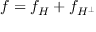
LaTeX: f = f _ { H } + f _ { H ^ { \bot } }